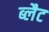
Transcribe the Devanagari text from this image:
ब्लैट